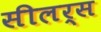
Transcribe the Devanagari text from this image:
सीलर्स